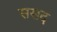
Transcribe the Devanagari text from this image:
ससद